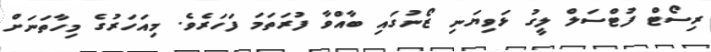
ރިސޯޓް ފުޓްސަލް ލީގު ޅަވިޔަނި ޒޯނުގައި ބާއްވާ ފުރަތަމަ ފަހަރެވެ. މިއަހަރުގެ މިހާތަނަށް